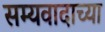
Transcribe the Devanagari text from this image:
सम्यवादाच्या